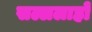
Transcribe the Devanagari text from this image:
सल्ललाहो